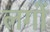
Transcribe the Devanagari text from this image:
लगों